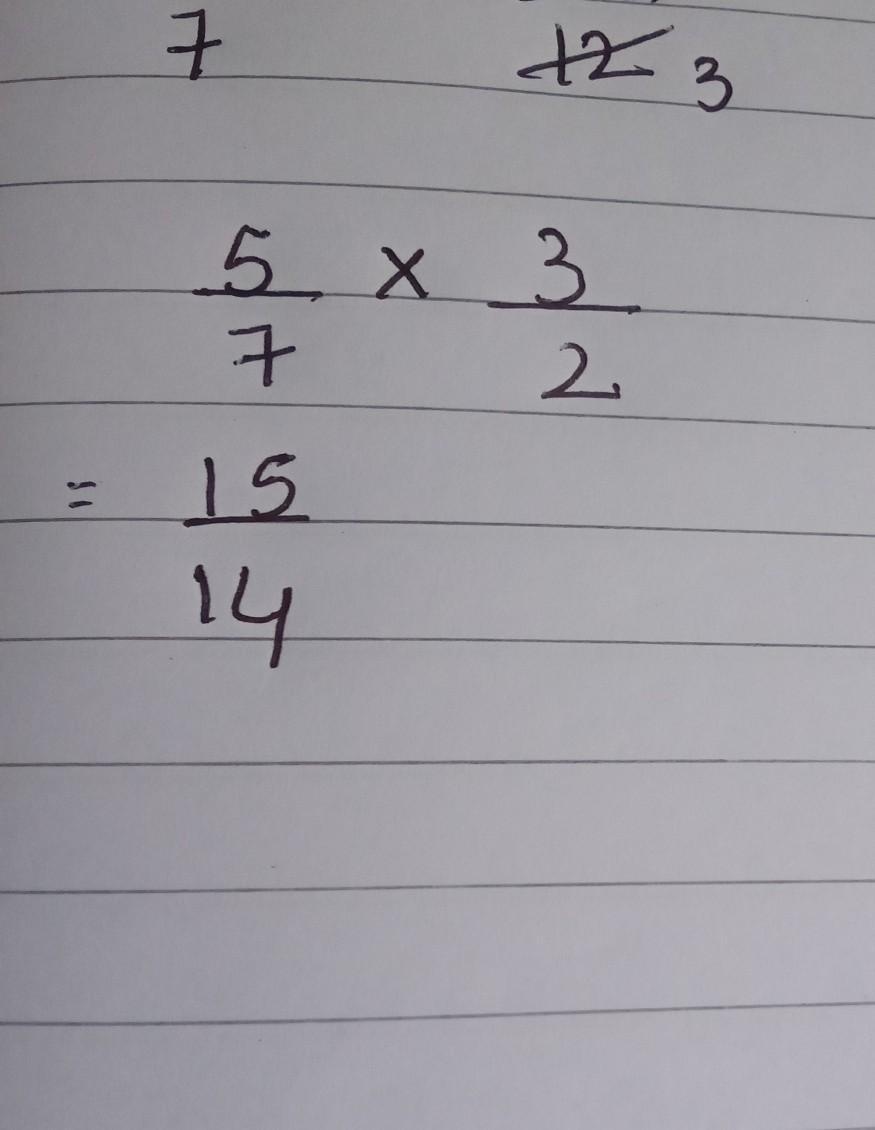
\[
\begin{align*}
\frac{5}{7}\times\frac{3}{2}&=\frac{15}{14}
\end{align*}
\]